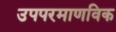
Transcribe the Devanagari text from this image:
उपपरमाणविक